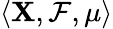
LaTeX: \langle\mathbf{X},{\mathcal{{F}}},\mu\rangle